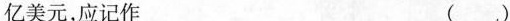
亿美元，应记作 ( )